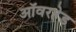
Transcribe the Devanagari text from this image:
ऑवरहेड